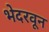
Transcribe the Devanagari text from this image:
भेदरवून